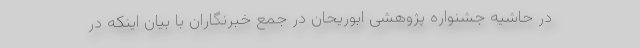
در حاشیه جشنواره پژوهشی ابوریحان در جمع خبرنگاران با بیان اینکه در